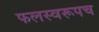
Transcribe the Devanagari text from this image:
फलस्वरूपच